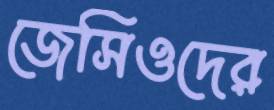
জেসিওদের